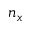
n _ { x }